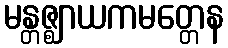
မန္တဇ္ဈာယကမတ္တေန